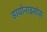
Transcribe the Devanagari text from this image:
डायोनाइसोस